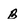
Character: B